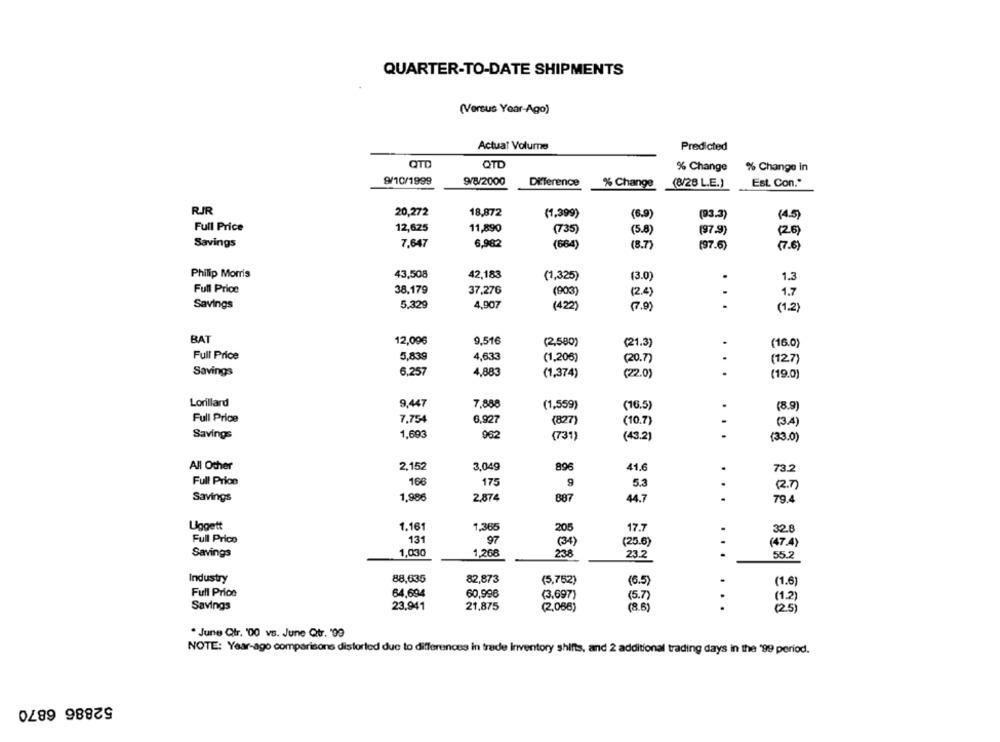
QUARTER-TO-DATE SHIPMENTS
(Versus Year-Ago)
Actual Volume
Predicted
QTD
QTD
% Change
% Change in
9/10/1999
9/8/2000
Difference
% Change
(8/28 L.E.)
Est. Con."
RIR
20,272
18,872
(1,399)
(6.9)
(93.3)
(4.5)
Full Price
12,625
11,890
(735)
(5.8)
(97.9)
(26)
Savings
7,647
6,982
(664)
(8.7)
(97.6)
(7.6)
Philip Morris
43,508
42,183
(1,325)
(3.0)
1.3
Full Price
38,179
. I
37,276
(903)
(2.4)
1.7
Savings
5,329
4,907
(422)
(7.9)
.
(1.2)
BAT
12,096
9,516
(2,580)
.
(21.3)
(16.0)
Full Price
5,839
4,633
(1,206)
(20.7)
.
(127)
6,257
4,883
.
Savings
(1,374)
(22.0)
(19.0)
Lorillard
9,447
7.888
(1,559)
(16.5)
(8.9)
Full Price
7.754
6.927
(827)
(10.7)
(3.4)
Savings
1,693
962
(731)
(43.2)
. .
(33.0)
All Other
2.152
3.049
896
41.6
73.2
.
Full Price
166
175
9
5.3
(R.)
Savings
1,98€
887
.
2,874
44.7
79.4
Liggett
1.161
1,365
205
17.7
32.8
Full Price
131
97
(25.6)
(47.4)
(34)
Savings
1,030
1.268
238
23.2
55.2
...
Industry
88,635
82,873
(5,752)
(6.5)
(1.6)
Full Price
64,694
60,996
(3,697)
(5.7
(1.2)
Savings
23,941
21,875
(2,068)
(8.6)
...
(25)
. June Qtr. '00 vs. June Qtr. '99
NOTE: Year-ago comparisons distorted due to differences in trade Inventory shifts, and 2 additional trading days in the '99 period.
52886 6870